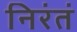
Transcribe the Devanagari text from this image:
निरंतं